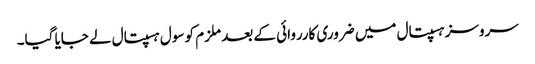
سروسز ہسپتال میں ضروری کارروائی کے بعد ملزم کو سول ہسپتال لے جایا گیا۔